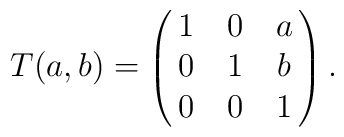
T(a, b) = \pmatrix{1 & 0 & a \cr 0 & 1 & b \cr 0 & 0 & 1} .